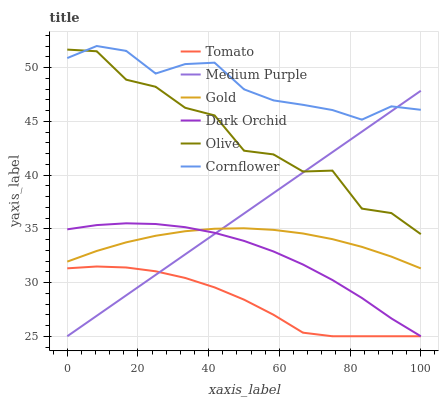
| xaxis_label | Tomato | Medium Purple | Gold | Dark Orchid | Olive | Cornflower |
 | --- | --- | --- | --- | --- | --- | --- |
 | 0 | 31.3 | 25 | 31.9 | 34.9 | 51.7 | 50.9 |
 | 8.33 | 31.5 | 26.9 | 32.9 | 35.3 | 51.5 | 52 |
 | 16.7 | 31.4 | 28.8 | 33.7 | 35.5 | 48.9 | 51.5 |
 | 25 | 31 | 30.7 | 34.3 | 35.4 | 48.2 | 49.4 |
 | 33.3 | 30.4 | 32.6 | 34.8 | 35.1 | 46.3 | 50.3 |
 | 41.7 | 29.5 | 34.5 | 35 | 34.6 | 45.5 | 50.4 |
 | 50 | 28.4 | 36.4 | 35 | 33.9 | 42.3 | 48 |
 | 58.3 | 27 | 38.3 | 34.9 | 32.9 | 41.9 | 46.9 |
 | 66.7 | 25.3 | 40.2 | 34.6 | 31.7 | 40.3 | 46.5 |
 | 75 | 25 | 42.1 | 34 | 30.2 | 40.4 | 46 |
 | 83.3 | 25 | 44 | 33.3 | 28.6 | 36.9 | 45.1 |
 | 91.7 | 25 | 45.9 | 32.4 | 26.7 | 36.5 | 46.4 |
 | 100 | 25 | 47.8 | 31.3 | 25 | 34.5 | 46.1 |